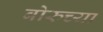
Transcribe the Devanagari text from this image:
बोरुच्या